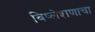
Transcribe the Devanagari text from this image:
विष्लेशणाचा